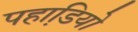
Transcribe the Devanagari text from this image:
पहाडि़यो